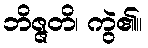
ဘိဇ္ဇတိ၊ ကွဲ၏။